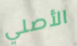
الأصلي